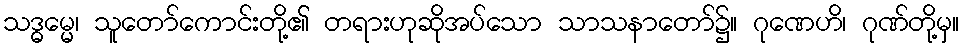
သဒ္ဓမ္မေ၊ သူတော်ကောင်းတို့၏ တရားဟုဆိုအပ်သော သာသနာတော်၌။ ဂုဏေဟိ၊ ဂုဏ်တို့မှ။